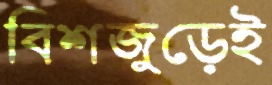
বিশ্বজুড়েই